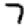
Digit: 7